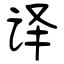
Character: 译